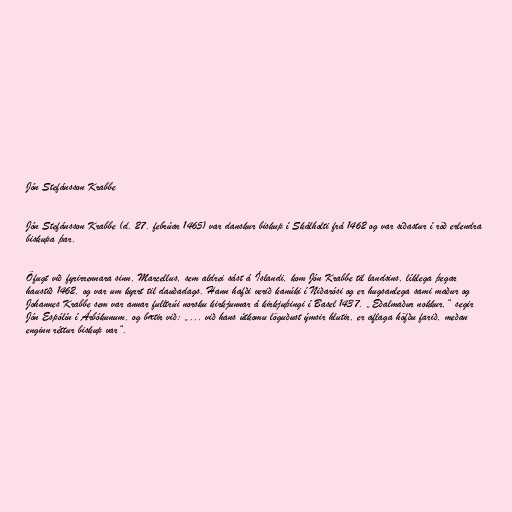
Jón Stefánsson Krabbe

Jón Stefánsson Krabbe (d. 27. febrúar 1465) var danskur biskup í Skálholti frá 1462 og var síðastur í röð erlendra
biskupa þar.

Öfugt við fyrirrennara sinn, Marcellus, sem aldrei sást á Íslandi, kom Jón Krabbe til landsins, líklega þegar
haustið 1462, og var um kyrrt til dauðadags. Hann hafði verið kanúki í Niðarósi og er hugsanlega sami maður og
Johannes Krabbe sem var annar fulltrúi norsku kirkjunnar á kirkjuþingi í Basel 1437. „Eðalmaður nokkur,“ segir
Jón Espólín í Árbókunum, og bætir við: „... við hans útkomu löguðust ýmsir hlutir, er aflaga höfðu farið, meðan
enginn réttur biskup var“.